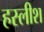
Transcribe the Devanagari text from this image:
हस्लीश